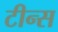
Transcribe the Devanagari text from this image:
टीन्स